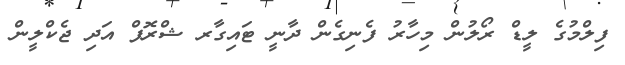
ފިލްމުގެ ލީޑް ރޯލުން މިހާރު ފެނިގެން ދާނީ ޓައިގާރ ޝްރޮފް އަދި ޖެކްލީން